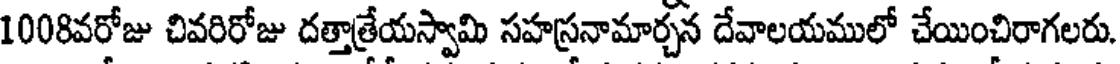
1008వరోజు చివరిరోజు దత్తాత్రేయస్వామి సహస్రనామార్చన దేవాలయములో చేయించిరాగలరు.